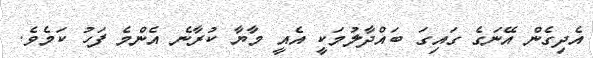
އެދިގެން އޭނަގެ ގައިގަ ބައްދާލުމަކީ އެއީ މާޔާ ކުރާނެ އެންމެ ފަހު ކަމެވެ.